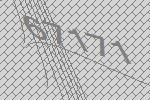
67171